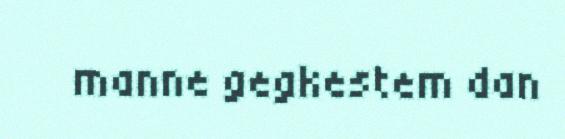
manne gegkestem dan